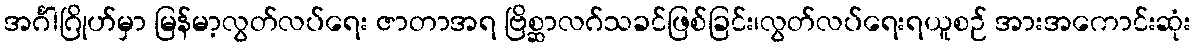
အင်္ဂါဂြိုဟ်မှာ မြန်မာ့လွတ်လပ်ရေး ဇာတာအရ ဗြိစ္ဆာလဂ်သခင်ဖြစ်ခြင်း၊လွတ်လပ်ရေးရယူစဉ် အားအကောင်းဆုံး